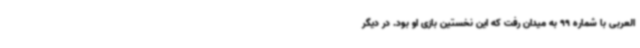
العربی با شماره 99 به میدان رفت که این نخستین بازی او بود. در دیگر